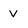
Character: v